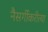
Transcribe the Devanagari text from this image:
नैसर्गीकरीत्या